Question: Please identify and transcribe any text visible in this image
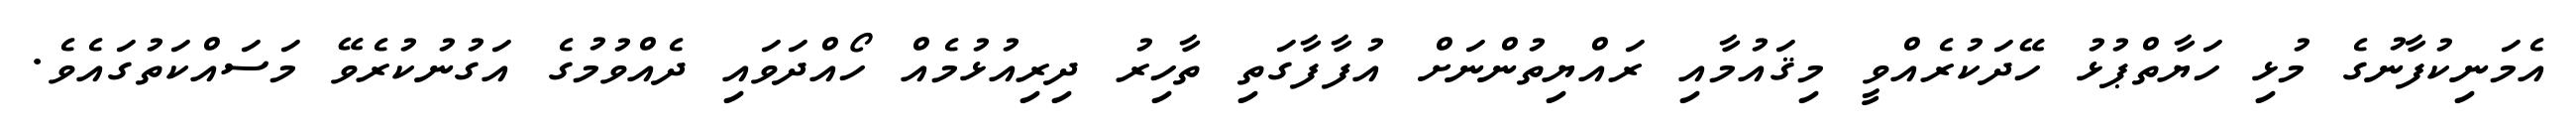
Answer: އެމަނިކުފާނުގެ މުޅި ހަޔާތްޕުޅު ހޭދަކުރެއްވީ މިޤައުމާއި ރައްޔިތުންނަށް އުފާފާގަތި ތާހިރު ދިރިއުޅުމެއް ހޯއްދަވައި ދެއްވުމުގެ އަގުނުކުރެވޭ މަސައްކަތުގައެވެ.